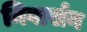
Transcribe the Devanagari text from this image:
निवार्सन